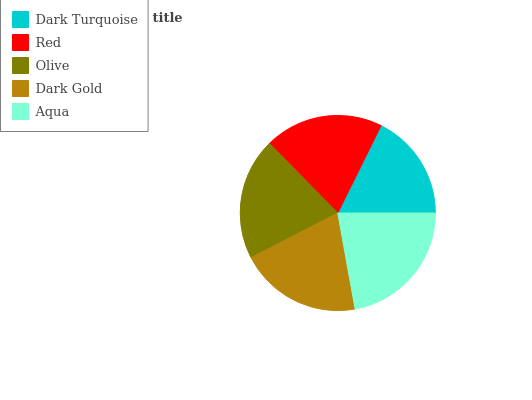
| Dark Turquoise | Red | Olive | Dark Gold | Aqua |
 | --- | --- | --- | --- | --- |
 | 17.7% | 19.7% | 20.2% | 20.2% | 22.1% |